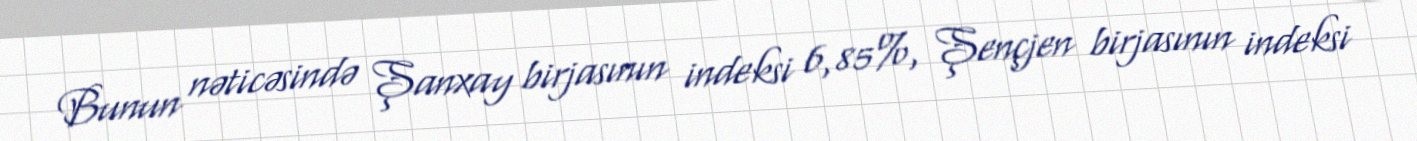
Bunun nəticəsində Şanxay birjasının indeksi 6,85%, Şençjen birjasının indeksi